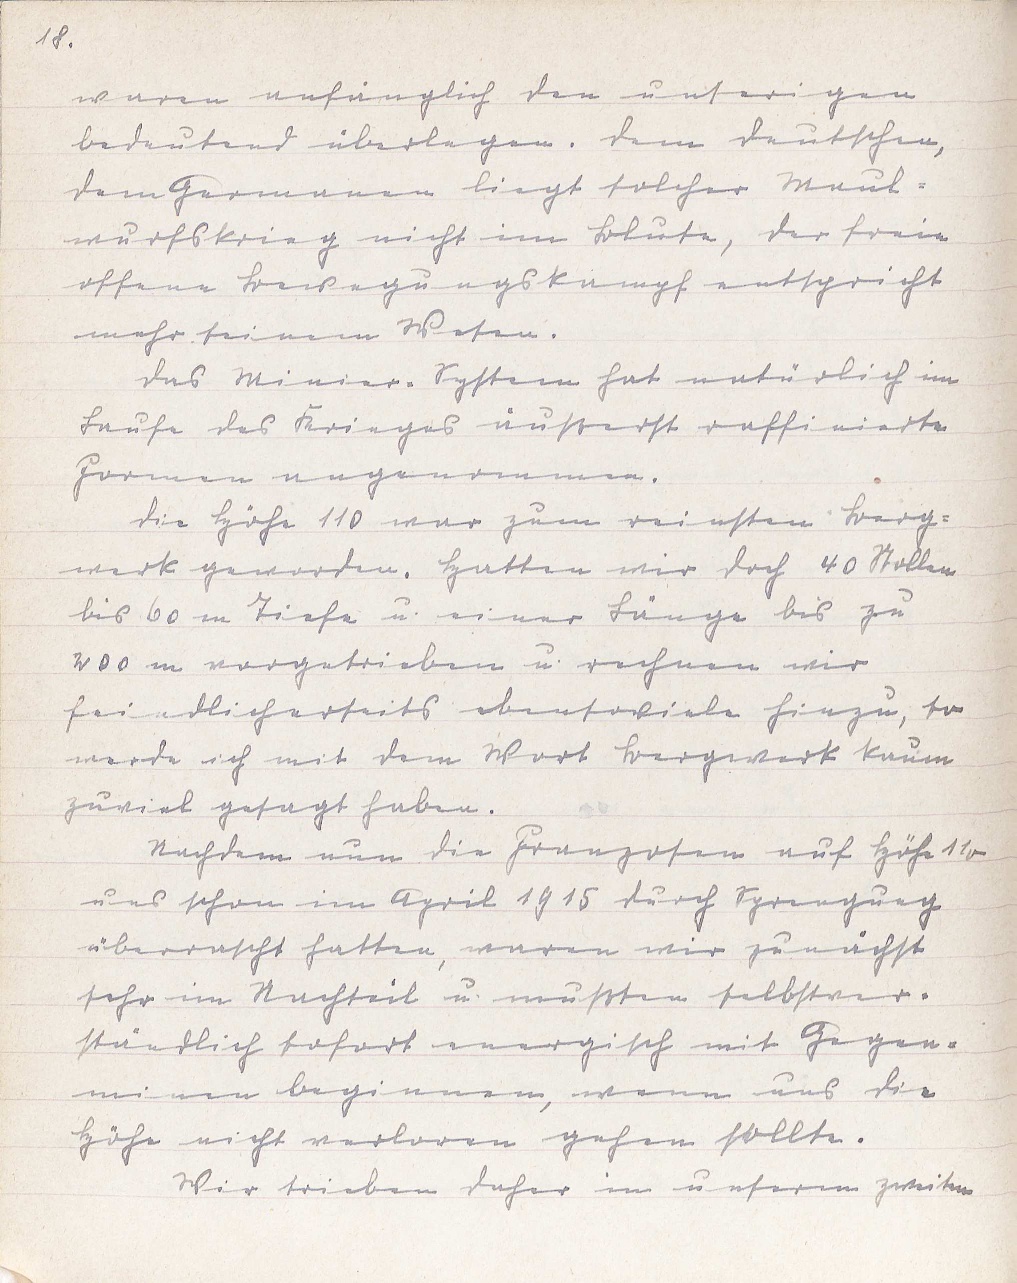
18.
waren anfänglich den unserigen
bedeutend überlegen. Dem Deutschen,
dem Germanen liegt solcher Maul¬
wurfskrieg nicht im Blute, der freie
offene Bewegungskampf entspricht
mehr seinem Wesen.
Das Minier-System hat natürlich im
Laufe des Krieges äußerst raffinierte
Formen angenommen.
Die Höhe 110 war zum reinsten Berg¬
werk geworden. Hatten wir doch 40 Stollen
bis 60 m Tiefe u. einer Länge bis zu
200 m vorgetrieben u. rechnen wir
feindlicherseits ebensoviele hinzu, so
werde ich mit dem Wort Bergwerk kaum
zuviel gesagt haben.
Nachdem nun die Franzosen auf Höhe 110
uns schon im April 1915 durch Sprengung
überrascht hatten, waren wir zunächst
sehr im Nachteil u. mußten selbstver¬
ständlich sofort energisch mit Gegen¬
minen beginnen, wenn uns die
Höhe nicht verloren gehen sollte.
Wir trieben daher in unserm zweiten